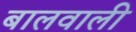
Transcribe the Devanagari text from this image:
बालवाली